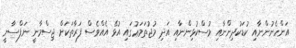
އަންހެނުންނާއި ކުޑަކުދިންނާއި މުސްކުޅިންނާއި އަދި މުޖުތަމަޢުގައި އުޅޭ އެއްވެސް ފަރާތަކަށް ޖިސްމާނީ ނަފްސާނީ